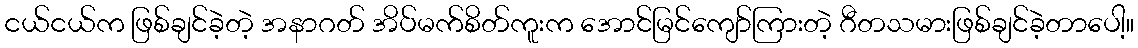
ငယ်ငယ်က ဖြစ်ချင်ခဲ့တဲ့ အနာဂတ် အိပ်မက်စိတ်ကူးက အောင်မြင်ကျော်ကြားတဲ့ ဂီတသမားဖြစ်ချင်ခဲ့တာပေါ့။